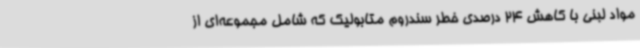
مواد لبنی با کاهش 24 درصدی خطر سندروم متابولیک که شامل مجموعه‌ای از